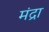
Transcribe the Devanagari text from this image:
मंद्रा